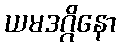
ယမဒဂ္ဂိနော